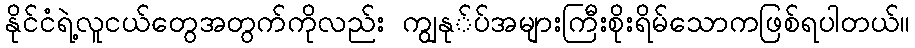
နိုင်ငံရဲ့လူငယ်တွေအတွက်ကိုလည်း ကျွနု်ပ်အများကြီးစိုးရိမ်သောကဖြစ်ရပါတယ်။